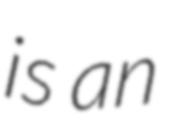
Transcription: is an